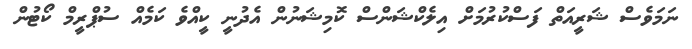
ނަމަވެސް ޝަރީއަތް ފަސްކުރުމަށް އިލެކްޝަންސް ކޮމިޝަނުން އެދުނީ ކީއްވެ ކަމެއް ސުޕްރީމް ކޯޓުން